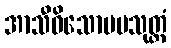
အာသီဝိသောပမသုတ္တံ